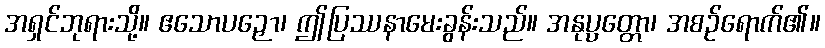
အရှင်ဘုရားသို့။ ဧသောပဉှော၊ ဤပြဿနာမေးခွန်းသည်။ အနုပ္ပတ္တော၊ အစဉ်ရောက်၏။